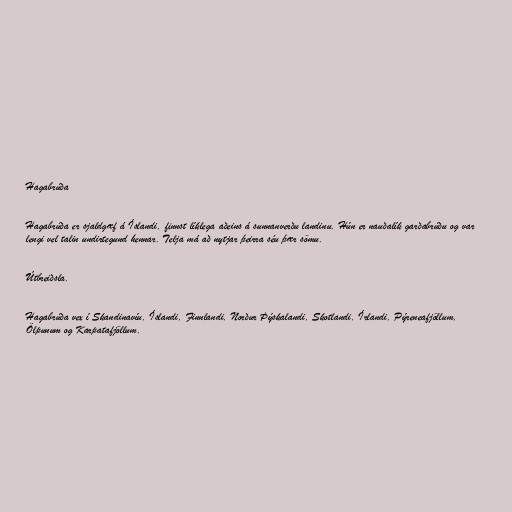
Hagabrúða

Hagabrúða er sjaldgæf á Íslandi, finnst líklega aðeins á sunnanverðu landinu. Hún er nauðalík garðabrúðu og var
lengi vel talin undirtegund hennar. Telja má að nytjar þeirra séu þær sömu.

Útbreiðsla.

Hagabrúða vex í Skandinavíu, Íslandi, Finnlandi, Norður Þýskalandi, Skotlandi, Írlandi, Pýreneafjöllum,
Ölpunum og Karpatafjöllum.